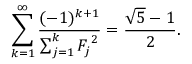
\sum _ { k = 1 } ^ { \infty } { \frac { ( - 1 ) ^ { k + 1 } } { \sum _ { j = 1 } ^ { k } { F _ { j } } ^ { 2 } } } = { \frac { { \sqrt { 5 } } - 1 } { 2 } } .